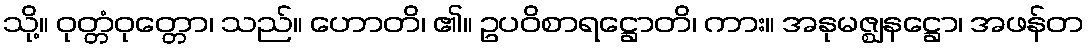
သို့။ ဝုတ္တံဝုတ္တော၊ သည်။ ဟောတိ၊ ၏။ ဥပဝိစာရဋ္ဌောတိ၊ ကား။ အနုမဇ္ဈနဋ္ဌော၊ အဖန်တ